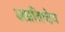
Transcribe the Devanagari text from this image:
अप्रतिष्ठेय